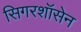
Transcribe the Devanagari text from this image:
सिगरशॉसेन